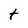
Character: t